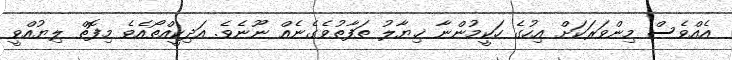
އެއްވެސް މިންވަރަކަށް އިހުގެ ހަކީމުންނާ ޚިޔާލު ތަފާތުވެގެނެއް ނޫނެވެ. އަދިކީއްތޯއެވެ މިފޮތް ލިޔުއްވީ